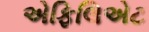
એફિલિએટ